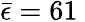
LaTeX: \bar{\epsilon}=61\